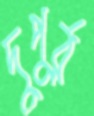
দুপুর্র